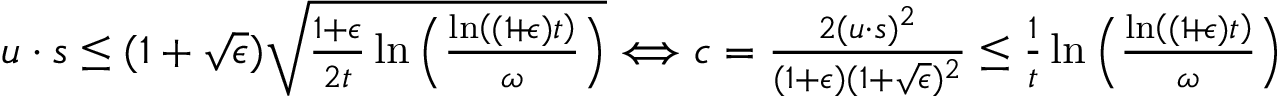
\begin{array} { r } { u \cdot s \leq ( 1 + \sqrt { \epsilon } ) \sqrt { \frac { 1 + \epsilon } { 2 t } \ln \left( \frac { \ln \left( ( 1 \! + \! \epsilon ) t \right) } { \omega } \right) } \Longleftrightarrow c = \frac { 2 ( u \cdot s ) ^ { 2 } } { ( 1 + \epsilon ) ( 1 + \sqrt { \epsilon } ) ^ { 2 } } \leq \frac { 1 } { t } \ln \left( \frac { \ln \left( ( 1 \! + \! \epsilon ) t \right) } { \omega } \right) } \end{array}